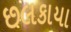
છલકાયા